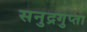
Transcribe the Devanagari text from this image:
सनुद्रगुप्ता